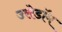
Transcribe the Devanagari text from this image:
उसेडॉम